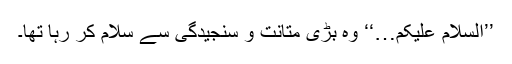
’’السلام علیکم…‘‘ وہ بڑی متانت و سنجیدگی سے سلام کر رہا تھا۔